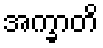
အက္ခာတိ